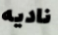
ناديه